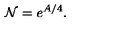
{ \cal N } = e ^ { A / 4 } .